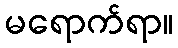
မရောက်ရာ။